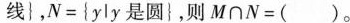
线 }$$，$$N = { y l y 是 圆 }$$，则$$M \cap N = ( )$$。